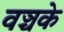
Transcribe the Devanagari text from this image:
वञ्चके